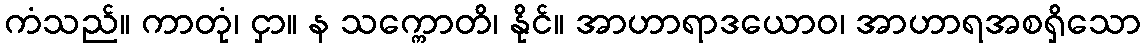
ကံသည်။ ကာတုံ၊ ငှာ။ န သက္ကောတိ၊ နိုင်။ အာဟာရာဒယောဝ၊ အာဟာရအစရှိသော